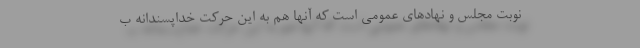
نوبت مجلس و نهادهاى عمومى است كه آنها هم به اين حركت خداپسندانه ب